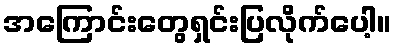
အကြောင်းတွေရှင်းပြလိုက်ပေါ့။